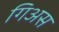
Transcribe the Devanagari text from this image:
गिअस